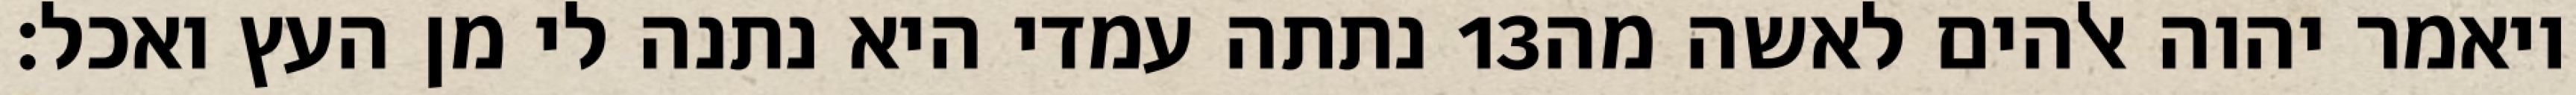
נתתה עמדי היא נתנה לי מן העץ ואכל׃ ‎13‏ ויאמר יהוה אלהים לאשה מה